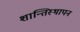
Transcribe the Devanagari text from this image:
शान्तिस्थापन